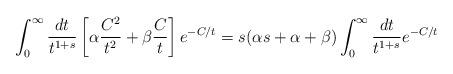
LaTeX: \begin{align*} \int_0^{\infty} \frac{dt}{t^{1+s}} \left[\alpha \frac{C^2}{t^2} + \beta \frac{C}{t} \right] e^{ - C/t}= s( \alpha s+ \alpha + \beta ) \int_0^{\infty}\frac{dt}{t^{1+s}} e^{-C/t}\end{align*}